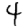
Digit: 4